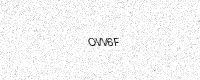
Text: OVV6F